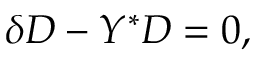
\delta D - Y ^ { * } D = 0 ,